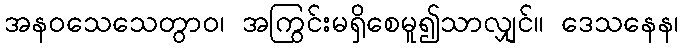
အနဝသေသေတွာဝ၊ အကြွင်းမရှိစေမူ၍သာလျှင်။ ဒေသနေန၊